Report on horse surra - Volume I
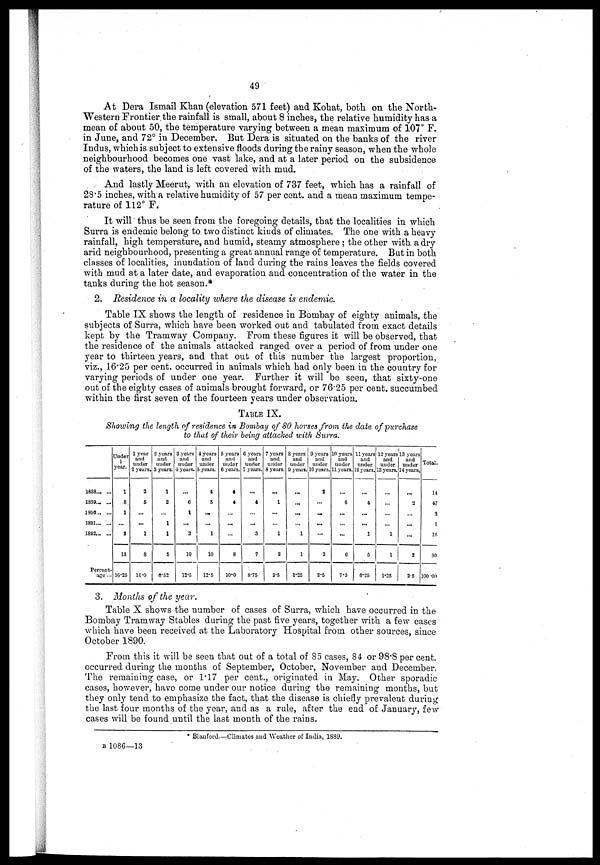
49
At Dera Ismail Khan (elevation 571 feet) and Kohat, both on the North-
western Frontier the rainfall is small, about 8 inches, the relative humidity has a
mean of about 50, the temperature varying between a mean maximum of 107° F.
in June, and 72° in December, But Dera is situated on the banks of the river
Indus, which is subject to extensive floods during the rainy season, when the whole
neighbourhood becomes one vast lake, and at a later period on the subsidence
of the waters, the land is left covered with. mud.
And lastly Meerut, with an elevation of 7.37 feet, which has a rainfall of
28.5 inches, with a relative humidity of 57 per cent. and a mean maximum tempe-
rature of 112° F.
It will thus be seen from the foregoing details, that the localities in which
Surra is endemic belong to two distinct kinds of climates, The one with a heavy
rainfall, high temperature, and humid, steamy atmosphere ; the other with a dry
arid neighbourhood, presenting a great annual range of temperature. But in both
classes of localities, inundation of land during the rains leaves the fields covered
with mud at a later date, and evaporation and concentration of the water in the
tanks during the hot season.*
2. Residence in a locality where the disease is endemic.
Table IX shows the length of residence in Bombay of eighty animals, the
subjects of Surra, which have been worked out and tabulated from exact details
kept by the Tramway Company. From these figures it will be observed, that
the residence of the animals attacked ranged over a period of from under one
year to thirteen years, and that out of this number the largest proportion,
viz., 16.25 per cent. occurred in animals which had only been in the country for
varying periods of under one year. Further it will be seen, that sixty-one
out of the eighty cases of animals brought forward, or 76.25 per cent. succumbed
within the first seven of the fourteen years under observation.
TABLE IX.
Showing the length of residence in Bombay of 80 horses from the date of purchase
to that of their being attacked with Surra.
1888... ...
1889... ...
1890... ...
1891... ...
1893... ...
Percent-
age...
Under
1
year.
1
8.
1
...
3
13
16.25
1 year
and
tinder
2 years.
2
6
...
...
1
8
10.0
2 years
and
under
3 years.
1
2
...
1
1
5
6.52
3 years
and
under
4 years.
...
6
1
...
3
10
12.5
4 years
and
under
5 years.
4
6
...
...
1
10
12.5
5 years
ami
under
6 years.
4
4
...
...
8
10.0
6 years
and
under
7 years.
...
4
...
...
3
7
875
7 years
and
under
8 years.
...
1
...
...
1
2
2.5
8 years
and
under
9 years.
...
...
...
...
1
1
1.25
9 years
and
tinder
10 years.
2
...
...
...
...
2
2.5
10 years
and
under
11 years.
...
6
...
...
...
6
7.5
11 years
and
under
12 years.
...
4
...
...
1
5
6.25
12 years
and
under
13 years.
...
...
...
...
1
1
1.25
13 years
and
under
14 years.
...
2
...
...
...
2
2.5
Total.
14
47
2
1
16
80
100 .00
3. Months of the year.
Table X shows the number of cases of Surra, which have occurred in the
Bombay Tramway Stables during the past five years, together with a few cases
which have been received at the Laboratory Hospital from other sources, since
October 1890.
From this it will be seen that out of a total of 85 cases, 84 or 98.8 per cent.
occurred during the months of September, October, November and December
The remaining case, or 1.17 per cent., originated in May. Other sporadic
cases, however, have come under our notice during the remaining months, but
they only tend to emphasize the fact, that the disease is chiefly prevalent during
the last four months of the year, and as a rule, after the end of January, few
cases will be found until the last month of the rains.
* Blauford.—Climates and Weather of India, 1889.
B 1086—13